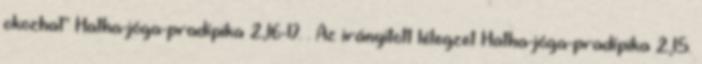
okozhat" Hatha-jóga-pradípika 2,16-17. . Az irányitott lélegzet Hatha-jóga-pradípika 2,15.